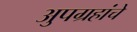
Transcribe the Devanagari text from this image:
अुपग्रहांचे